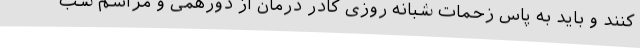
کنند و باید به پاس زحمات شبانه روزی کادر درمان از دورهمی و مراسم شب